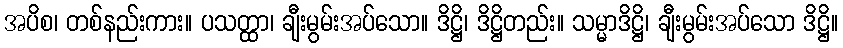
အပိစ၊ တစ်နည်းကား။ ပသတ္ထာ၊ ချီးမွမ်းအပ်သော။ ဒိဋ္ဌိ၊ ဒိဋ္ဌိတည်း။ သမ္မာဒိဋ္ဌိ၊ ချီးမွမ်းအပ်သော ဒိဋ္ဌိ။